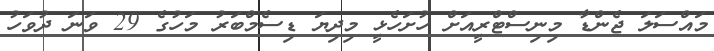
މައްސަލަ ޖެންޑާ މިނިސްޓްރީއަށް ހުށަހެޅީ މިދިޔަ ޑިސެމްބަރު މަހުގެ 29 ވަނަ ދުވަހު